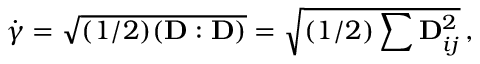
\dot { \gamma } = \sqrt { ( 1 / 2 ) ( \mathbf { D } : \mathbf { D } ) } = \sqrt { ( 1 / 2 ) \sum \mathbf { D } _ { i j } ^ { 2 } } \, ,